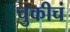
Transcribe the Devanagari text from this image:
चुकीचं